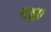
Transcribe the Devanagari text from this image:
यजु०